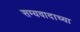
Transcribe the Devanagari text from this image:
सम्यवादाच्या